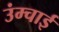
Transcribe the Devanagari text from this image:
उंम्चाई